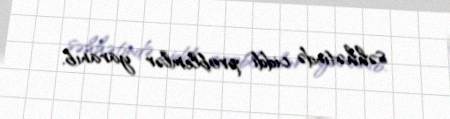
səhhətində ciddi problemlər yaranıb.